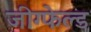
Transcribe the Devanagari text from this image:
जीग्फेल्ड